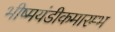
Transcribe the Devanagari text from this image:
भीष्मयंडीकमारम्भ